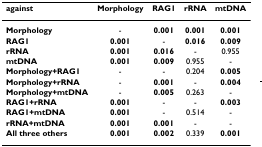
| against | Morphology | RAG1 | rRNA | mtDNA |
 | --- | --- | --- | --- | --- |
 | Morphology | - | 0.001 | 0.001 | 0.001 |
 | RAG1 | 0.001 | - | 0.016 | 0.009 |
 | rRNA | 0.001 | 0.016 | - | 0.955 |
 | mtDNA | 0.001 | 0.009 | 0.955 | - |
 | Morphology+RAG1 | - | - | 0.204 | 0.005 |
 | Morphology+rRNA | - | 0.001 | - | 0.004 |
 | Morphology+mtDNA | - | 0.005 | 0.263 | - |
 | RAG1+rRNA | 0.001 | - | - | 0.003 |
 | RAG1+mtDNA | 0.001 | - | 0.514 | - |
 | rRNA+mtDNA | 0.001 | 0.001 | - | - |
 | All three others | 0.001 | 0.002 | 0.339 | 0.001 |